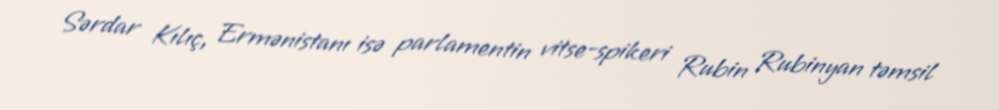
Sərdar Kılıç, Ermənistanı isə parlamentin vitse-spikeri Rubin Rubinyan təmsil